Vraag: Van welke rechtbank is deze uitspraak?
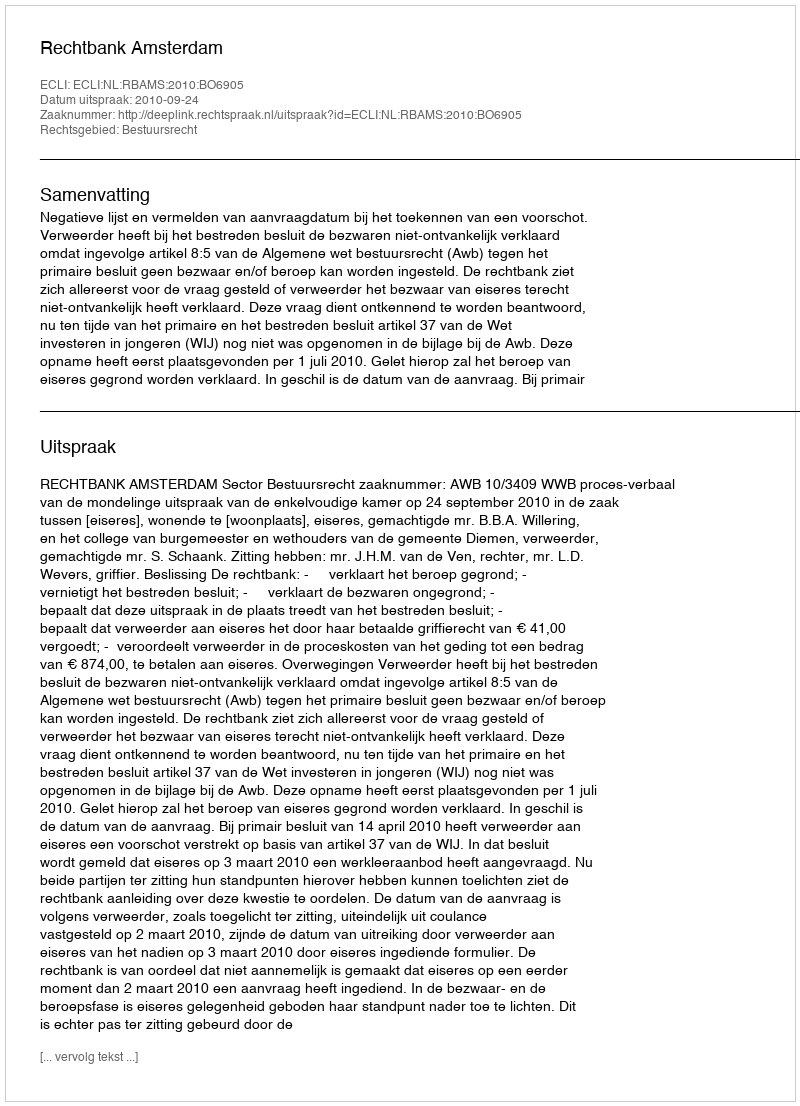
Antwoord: Rechtbank Amsterdam